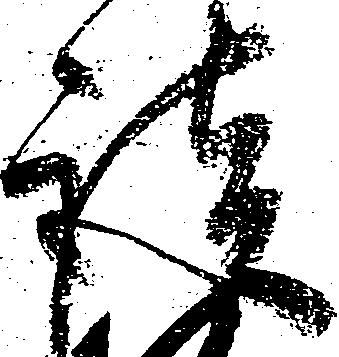
談